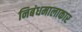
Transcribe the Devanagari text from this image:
निबंधमालाकार